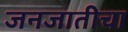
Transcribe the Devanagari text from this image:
जनजातीचा